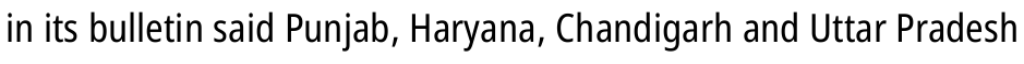
in its bulletin said Punjab, Haryana, Chandigarh and Uttar Pradesh